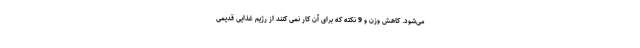
می‌شود. کاهش وزن و 9 نکته که برای آن کار نمی کنند از رژیم غذایی قدیمی